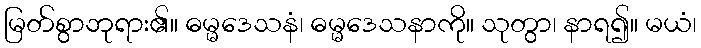
မြတ်စွာဘုရား၏။ ဓမ္မဒေသနံ၊ ဓမ္မဒေသနာကို။ သုတွာ၊ နာရ၍။ မယံ၊